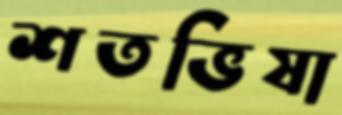
শতভিষা